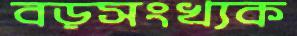
বড়সংখ্যক